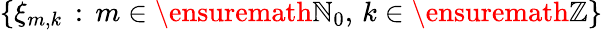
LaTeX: \{ \xi_{m,k}\, :\, m\in\ensuremath{\mathbb{N}}_{0},\, k\in\ensuremath{\mathbb{Z}}\}